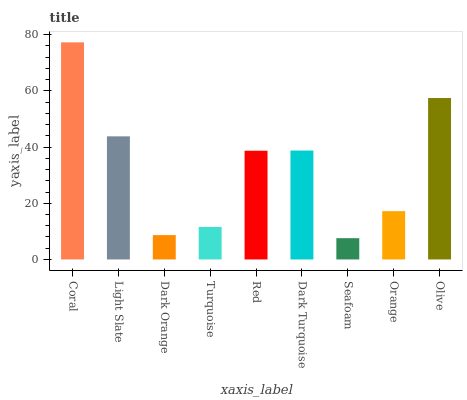
| xaxis_label | bars |
 | --- | --- |
 | Coral | 77.2 |
 | Light Slate | 43.8 |
 | Dark Orange | 8.66 |
 | Turquoise | 11.6 |
 | Red | 38.7 |
 | Dark Turquoise | 38.8 |
 | Seafoam | 7.57 |
 | Orange | 17.2 |
 | Olive | 57.4 |